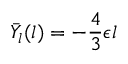
\bar { Y } _ { l } ( l ) = - \frac 4 3 \epsilon l